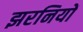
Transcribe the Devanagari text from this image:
झरनियों